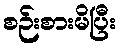
စဉ်းစားမိပြီး